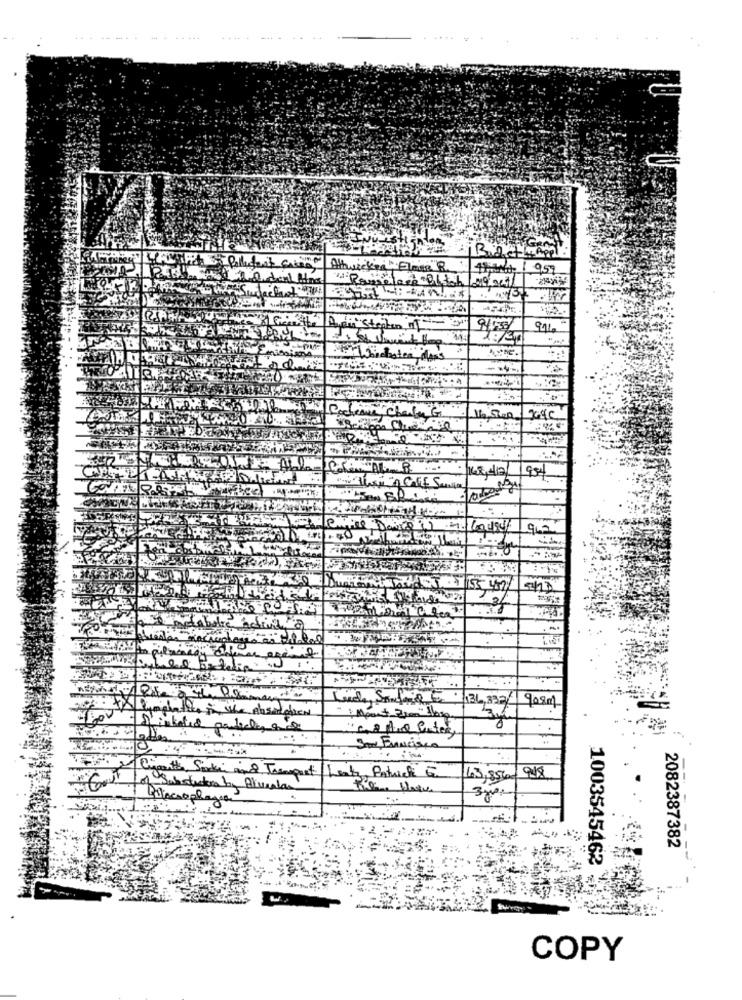
Attwicker " Elmer R.
thus1 959
Pamelaes Bltch|19,204/
991
AGRES
962
155 452
.. ..
God Sonfail to
136,332 908m
BOU
10
San Francisco
& Transport Leaks Patrick G
43,856-948
Alveolar
2082387382
1003545462
COPY